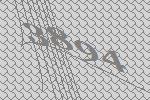
3894